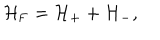
{ \cal H } _ { \mathrm { F } } = { \cal H } _ { + } + { \cal H } _ { - } ,